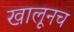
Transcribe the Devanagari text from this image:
खालूनच